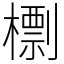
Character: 檦